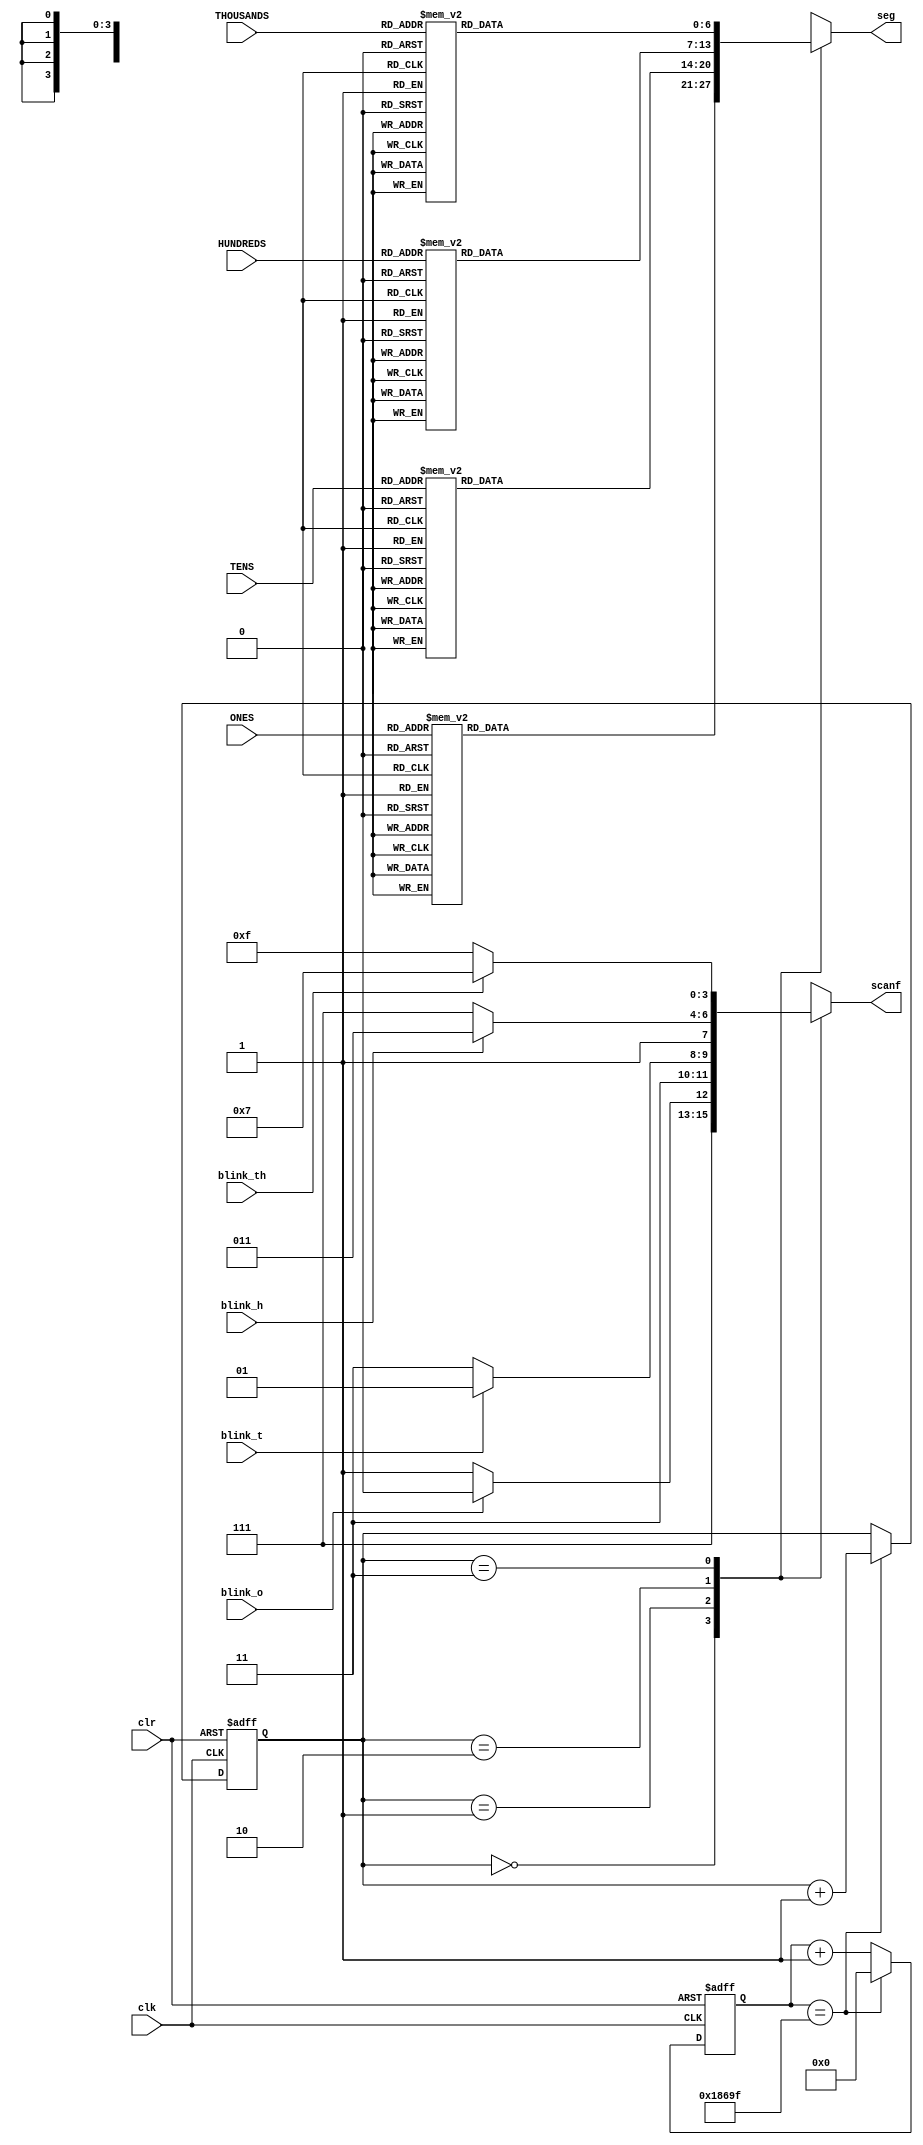
`timescale 1ns / 1ps
//////////////////////////////////////////////////////////////////////////////////
// Company: 
// Engineer: 
// 
// Design Name: 
// Module Name:    seven 
// Project Name: 
// Target Devices: 
// Tool versions: 
// Description: 
//
// Dependencies: 
//
// Revision: 
// Revision 0.01 - File Created
// Additional Comments: 
//
//////////////////////////////////////////////////////////////////////////////////
module seven(
    input clk,
    input clr,
    input [3:0] ONES,TENS,HUNDREDS,THOUSANDS,
    input blink_o,blink_t,blink_h,blink_th,
    output reg [6:0] seg,       
    output reg [3:0] scanf      
    );
    reg [3:0] one;
    reg [3:0] ten;
    reg [3:0] hundred;
    reg [3:0] thousand;
    reg [1:0] scan;    
    reg [16:0] count;    
    
    
    always @(posedge clk or posedge clr) begin
        if(clr) begin
            scan <= 0;
            count <= 0; 
        end
        else                                     
            if(count == 99999) begin       //100MHz / 100,000 = 1000  1ms
                count <= 0;
                scan <=  scan + 1;
            end
            else
                count <=  count + 1;
    end
    
    always @(*) begin
        case(scan) 
            2'b00 :begin 
                if (blink_o) scanf = 4'b1110;
                else scanf = 4'b1111; end 
            2'b01 :begin 
                if (blink_t) scanf = 4'b1101;
                else scanf = 4'b1111; end   
            2'b10 :begin 
                if (blink_h) scanf = 4'b1011;  
                else scanf = 4'b1111; end  
            2'b11 :begin 
                if (blink_th) scanf = 4'b0111;   
                else scanf = 4'b1111; end  
        endcase
    end
    
    always @(*)
        case(scan)
            2'b00 : begin       
                        case(ONES)                       
                                4'h0: seg = 7'b0000001;
                                4'h1: seg = 7'b1001111;
                                4'h2: seg = 7'b0010010;
                                4'h3: seg = 7'b0000110;
                                4'h4: seg = 7'b1001100;
                                4'h5: seg = 7'b0100100;
                                4'h6: seg = 7'b0100000;
                                4'h7: seg = 7'b0001111;
                                4'h8: seg = 7'b0000000;
                                4'h9: seg = 7'b0000100;
                             default: seg = 7'b0000001;
                        endcase 
                    end
                    
            2'b01 : begin    
                        case(TENS)
                                4'h0: seg = 7'b0000001;
                                4'h1: seg = 7'b1001111;
                                4'h2: seg = 7'b0010010;
                                4'h3: seg = 7'b0000110;
                                4'h4: seg = 7'b1001100;
                                4'h5: seg = 7'b0100100;
                                4'h6: seg = 7'b0100000;
                                4'h7: seg = 7'b0001111;
                                4'h8: seg = 7'b0000000;
                                4'h9: seg = 7'b0000100;
                              default: seg = 7'b0000001;
                            endcase
                    end
                    
            2'b10 : begin     
                        case(HUNDREDS)
                                4'h0: seg = 7'b0000001;
                                4'h1: seg = 7'b1001111;
                                4'h2: seg = 7'b0010010;
                                4'h3: seg = 7'b0000110;
                                4'h4: seg = 7'b1001100;
                                4'h5: seg = 7'b0100100;
                                4'h6: seg = 7'b0100000;
                                4'h7: seg = 7'b0001111;
                                4'h8: seg = 7'b0000000;
                                4'h9: seg = 7'b0000100;
                              default: seg = 7'b0000001;
                            endcase                 
                    end
                    
            2'b11 : begin      
                            case(THOUSANDS)
                                4'h0: seg = 7'b0000001;
                                4'h1: seg = 7'b1001111;
                                4'h2: seg = 7'b0010010;
                                4'h3: seg = 7'b0000110;
                                4'h4: seg = 7'b1001100;
                                4'h5: seg = 7'b0100100;
                                4'h6: seg = 7'b0100000;
                                4'h7: seg = 7'b0001111;
                                4'h8: seg = 7'b0000000;
                                4'h9: seg = 7'b0000100;
                                4'hf: seg = 7'b1111110;
                              default: seg = 7'b0000001;
                            endcase           
                    end
        endcase
endmodule